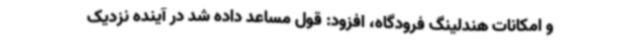
و امکانات هندلینگ فرودگاه، افزود: قول مساعد داده شد در آینده نزدیک